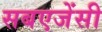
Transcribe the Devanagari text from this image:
सबएजेंसी